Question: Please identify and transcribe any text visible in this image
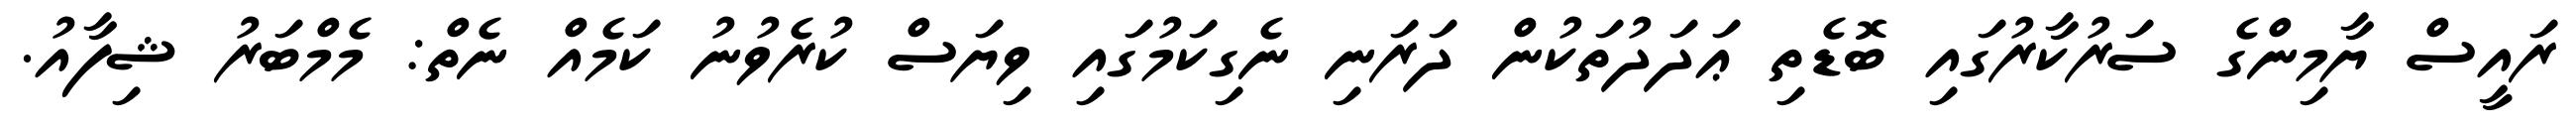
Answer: ރައީސް ޔާމިންގެ ސަރުކާރުގައި ބޮޑެތި ޢަދަދުތަކުން ދަރަނި ނެގިކަމުގައި ވިޔަސް ކުރެވުނު ކަމެއް ނެތް: މެމްބަރު ޝިފާއު.